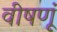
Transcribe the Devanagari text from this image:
वीषणूं